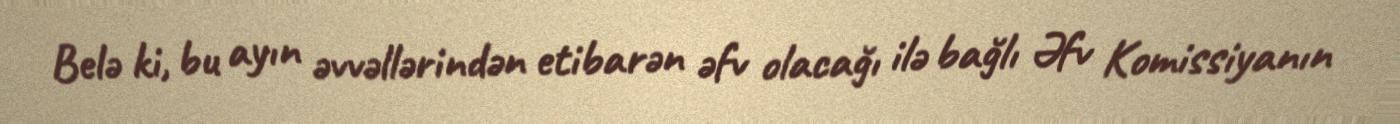
Belə ki, bu ayın əvvəllərindən etibarən əfv olacağı ilə bağlı Əfv Komissiyanın